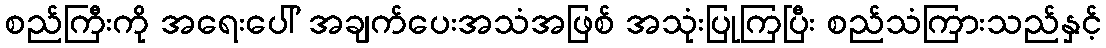
စည်ကြီးကို အရေးပေါ် အချက်ပေးအသံအဖြစ် အသုံးပြုကြပြီး စည်သံကြားသည်နှင့်